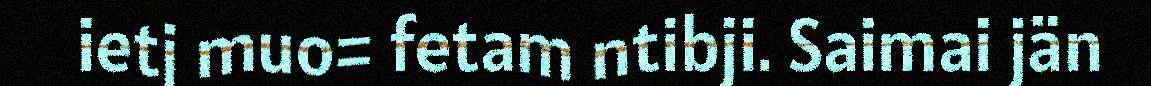
ietj muo= fetam ntibji. Saimai jän